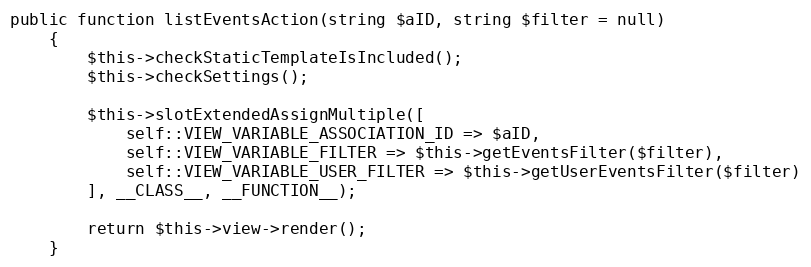
Language: PHP
public function listEventsAction(string $aID, string $filter = null)
    {
        $this->checkStaticTemplateIsIncluded();
        $this->checkSettings();

        $this->slotExtendedAssignMultiple([
            self::VIEW_VARIABLE_ASSOCIATION_ID => $aID,
            self::VIEW_VARIABLE_FILTER => $this->getEventsFilter($filter),
            self::VIEW_VARIABLE_USER_FILTER => $this->getUserEventsFilter($filter)
        ], __CLASS__, __FUNCTION__);

        return $this->view->render();
    }